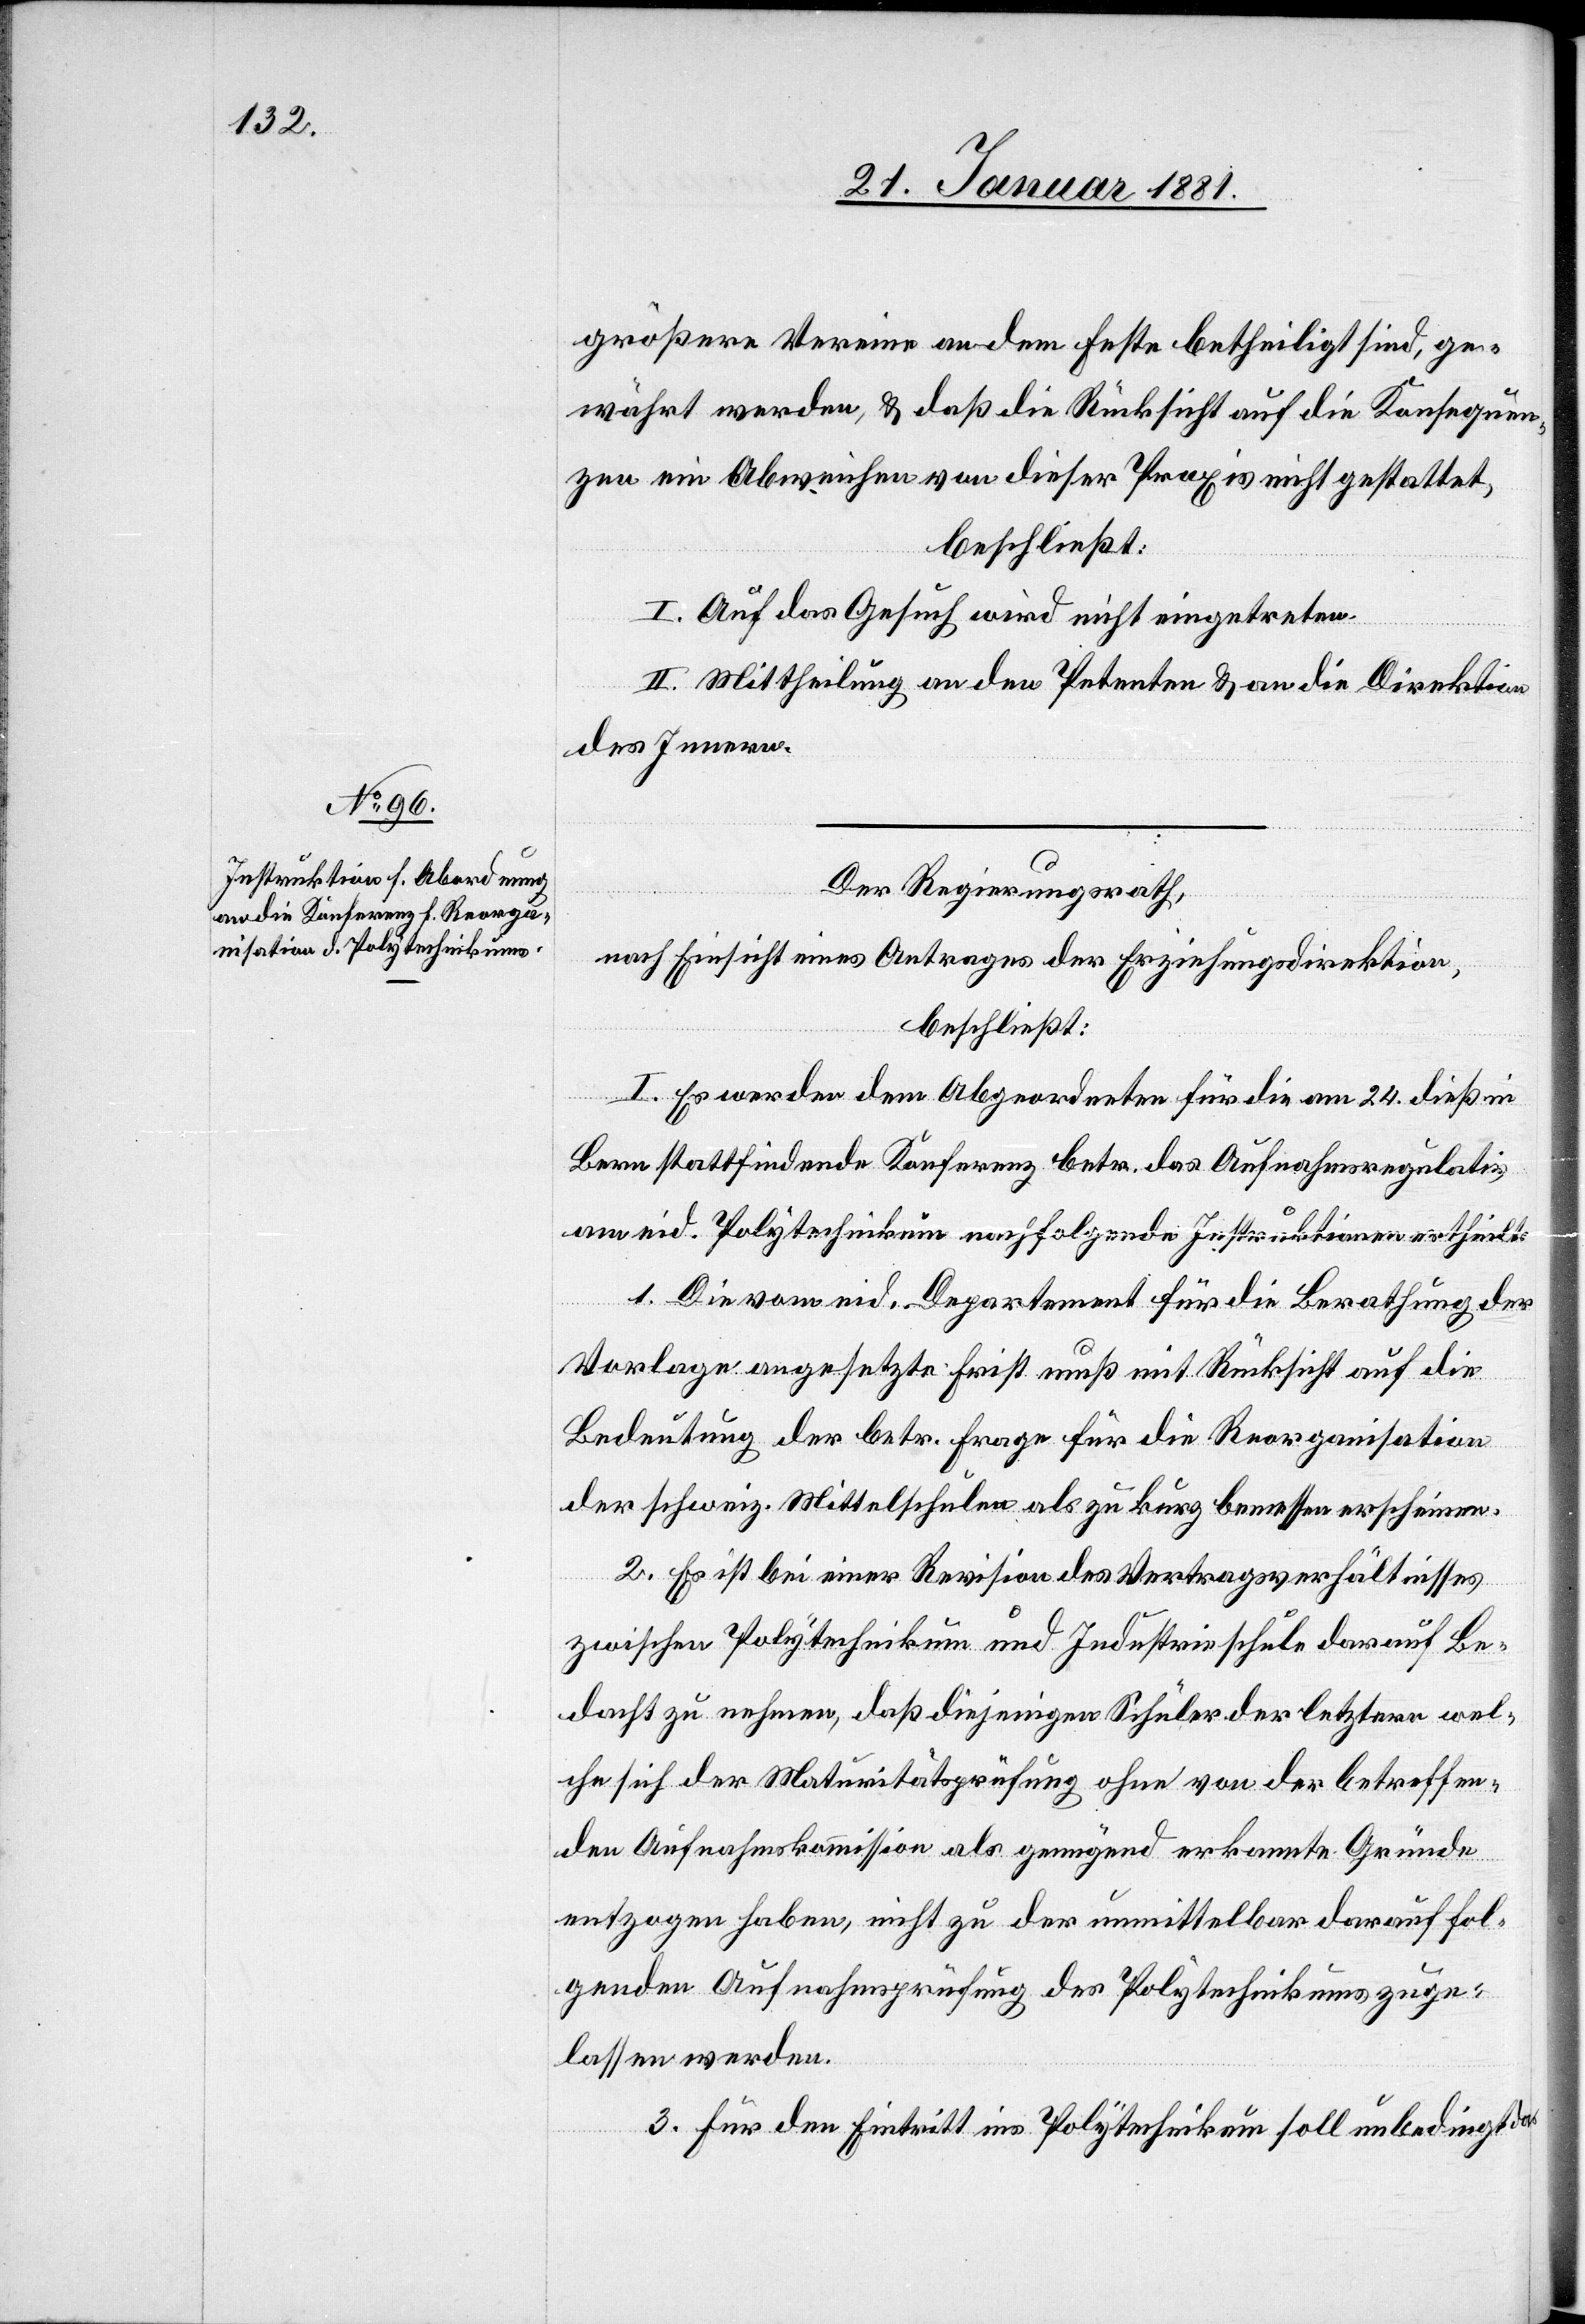
größere Vereine an dem Feste betheiligt sind, ge¬
währt werden, & daß die Rücksicht auf die Konsequen¬
zen ein Abweichen von dieser Praxis nicht gestattet,
beschließt:
I. Auf das Gesuch wird nicht eingetreten.
II. Mittheilung an den Petenten & an die Direktion
des Innern.
Der Regierungsrath,
nach Einsicht eines Antrages der Erziehungsdirektion,
beschließt:
I. Es werden dem Abgeordneten für die am 24. dieß in
Bern stattfindende Konferenz betr. das Aufnahmsregulativ
am eid. Polytechnikum nachfolgende Instruktionen ertheilt:
1. Die vom eid. Departement für die Berathung der
Vorlage angesetzte Frist muß mit Rücksicht auf die
Bedeutung der betr. Frage für die Reorganisation
der schweiz. Mittelschulen als zu kurz bemessen erscheinen.
2. Es ist bei einer Revision des Vertragsverhältnisses
zwischen Polytechnikum und Industrieschule darauf Be¬
dacht zu nehmen, daß diejenigen Schüler der letztern wel¬
che sich der Maturitätsprüfung ohne von der betreffen¬
den Aufnahmskommission als genügend erkannte Gründe
entzogen haben, nicht zu der unmittelbar darauf fol¬
genden Aufnahmsprüfung des Polytechnikums zuge¬
lassen werden.
3. Für den Eintritt ins Polytechnikum soll unbedingt das